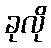
ခုလို